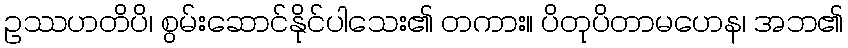
ဥဿဟတိပိ၊ စွမ်းဆောင်နိုင်ပါသေး၏ တကား။ ပိတုပိတာမဟေန၊ အဘ၏